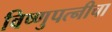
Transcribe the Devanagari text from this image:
विष्णुपत्नीचा